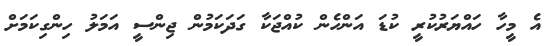
އެ މީހާ ހައްޔަރުކުރީ ކުޑަ އަންހެން ކުއްޖަކާ ގަދަކަމުން ޖިންސީ އަމަލު ހިންގިކަމަށް